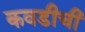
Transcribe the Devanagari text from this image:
कवडीची